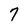
Character: 7